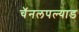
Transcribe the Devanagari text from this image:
चॅनलपल्याड